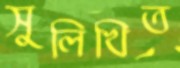
সুলিখিত